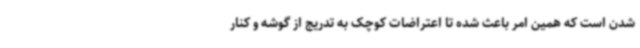
شدن است که همین امر باعث شده تا اعتراضات کوچک به تدریج از گوشه و کنار